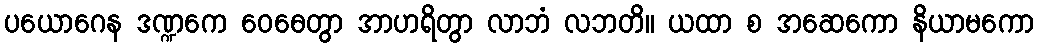
ပယောဂေန ဒဏ္ဍကေ ဝေဓေတွာ အာဟရိတွာ လာဘံ လဘတိ။ ယထာ စ အဆေကော နိယာမကော